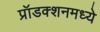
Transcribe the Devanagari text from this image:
प्रॉडक्शनमध्ये